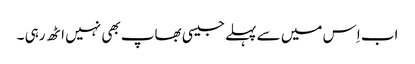
اب اِس میں سے پہلے جیسی بھاپ بھی نہیں اٹھ رہی ۔